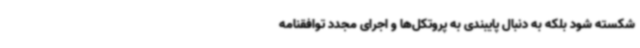
شکسته شود بلکه به دنبال پایبندی به پروتکل‌ها و اجرای مجدد توافقنامه